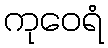
ကုဝေရံ